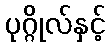
ပုဂ္ဂိုလ်နှင့်